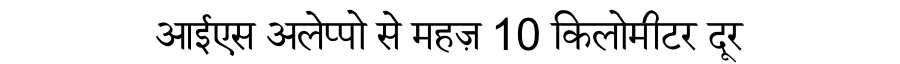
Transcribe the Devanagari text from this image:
आईएस अलेप्पो से महज़ 10 किलोमीटर दूर